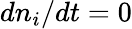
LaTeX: dn_{i}/dt=0